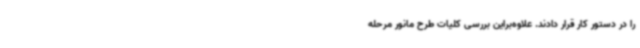
را در دستور کار قرار دادند. علاوه‌براین بررسی کلیات طرح مانور مرحله